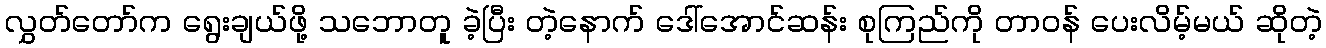
လွှတ်တော်က ရွေးချယ်ဖို့ သဘောတူ ခဲ့ပြီး တဲ့နောက် ဒေါ်အောင်ဆန်း စုကြည်ကို တာဝန် ပေးလိမ့်မယ် ဆိုတဲ့